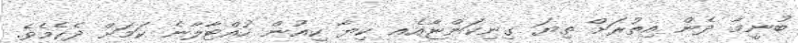
ބުނީމާ ދެން އިތުރަށް ތިޔަ ގިނިކަންޏާއެޢ ކިޔާ ކިއުން ހުއްޓާލާނެ ކަމަށް ދެކެމެވެ.